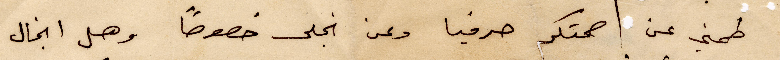
طمني عن صحتك حرفيا وعن انجل خصوصًا وهل انجال